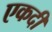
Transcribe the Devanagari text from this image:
एकदी